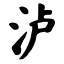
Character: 泸